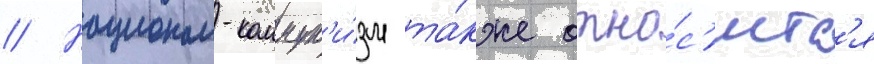
// Национал-коммун'и́зм та́кже отно́с'итс'я